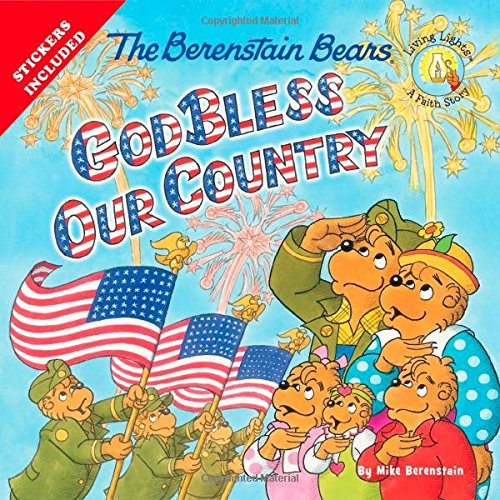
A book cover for The Berenstain Bears God Bless Our Country (Berenstain Bears/Living Lights); Mike Berenstain; Christian Books & Bibles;